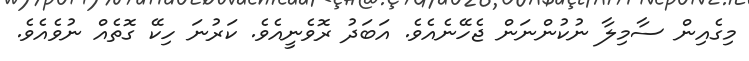
މިގެއިން ސާމިލާ ނުކުންނަން ޖެހޭނެއެވެ. އަބަދު ރޮވެނީއެވެ. ކަރުނަ ހިކޭ ގޮތެއް ނުވެއެވެ.